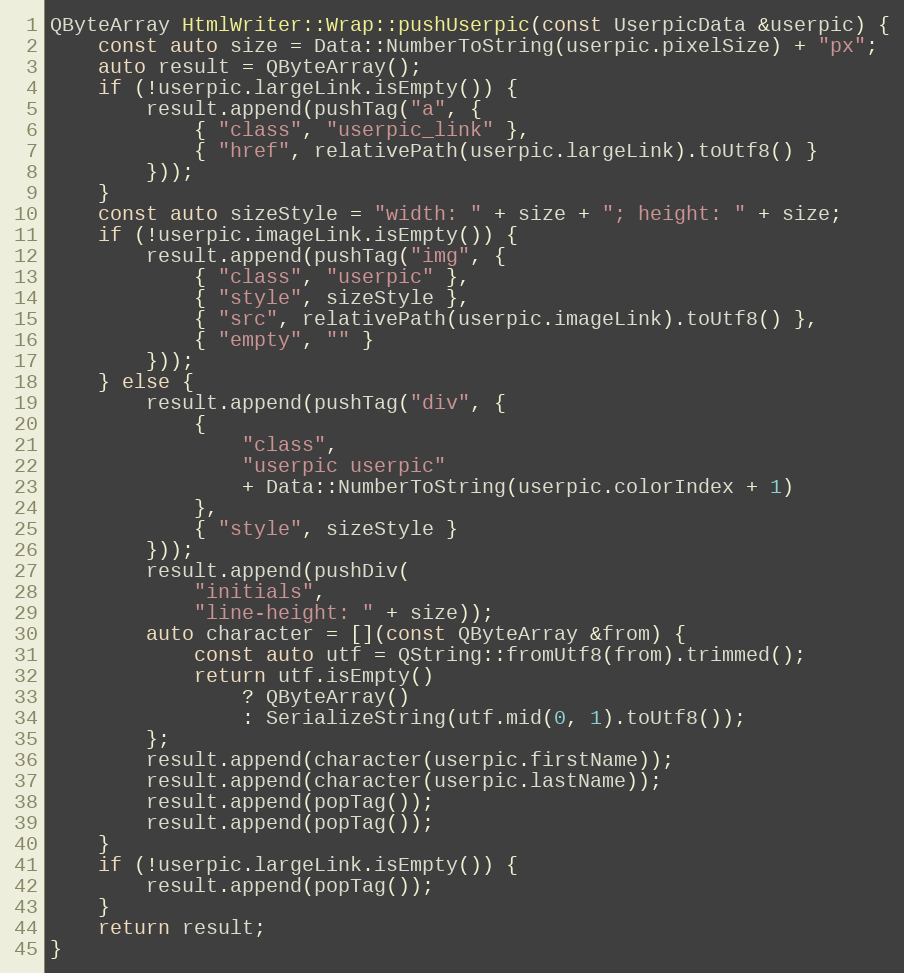
Language: C++
QByteArray HtmlWriter::Wrap::pushUserpic(const UserpicData &userpic) {
	const auto size = Data::NumberToString(userpic.pixelSize) + "px";
	auto result = QByteArray();
	if (!userpic.largeLink.isEmpty()) {
		result.append(pushTag("a", {
			{ "class", "userpic_link" },
			{ "href", relativePath(userpic.largeLink).toUtf8() }
		}));
	}
	const auto sizeStyle = "width: " + size + "; height: " + size;
	if (!userpic.imageLink.isEmpty()) {
		result.append(pushTag("img", {
			{ "class", "userpic" },
			{ "style", sizeStyle },
			{ "src", relativePath(userpic.imageLink).toUtf8() },
			{ "empty", "" }
		}));
	} else {
		result.append(pushTag("div", {
			{
				"class",
				"userpic userpic"
				+ Data::NumberToString(userpic.colorIndex + 1)
			},
			{ "style", sizeStyle }
		}));
		result.append(pushDiv(
			"initials",
			"line-height: " + size));
		auto character = [](const QByteArray &from) {
			const auto utf = QString::fromUtf8(from).trimmed();
			return utf.isEmpty()
				? QByteArray()
				: SerializeString(utf.mid(0, 1).toUtf8());
		};
		result.append(character(userpic.firstName));
		result.append(character(userpic.lastName));
		result.append(popTag());
		result.append(popTag());
	}
	if (!userpic.largeLink.isEmpty()) {
		result.append(popTag());
	}
	return result;
}